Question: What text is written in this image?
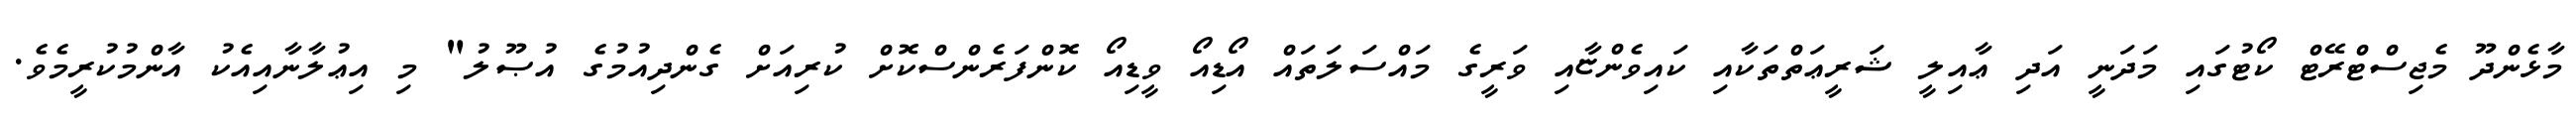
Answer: މާޅެންދޫ މެޖިސްޓްރޭޓް ކޯޓުގައި މަދަނީ އަދި ޢާއިލީ ޝަރީޢަތްތަކާއި ކައިވެންޏާއި ވަރީގެ މައްސަލަތައް އޯޑިއޯ ވީޑިއޯ ކޮންފަރެންސްކޮށް ކުރިއަށް ގެންދިއުމުގެ އުޞޫލު" މި އިޢުލާނާއިއެކު އާންމުކުރީމެވެ.